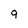
Character: 9